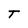
Character: T